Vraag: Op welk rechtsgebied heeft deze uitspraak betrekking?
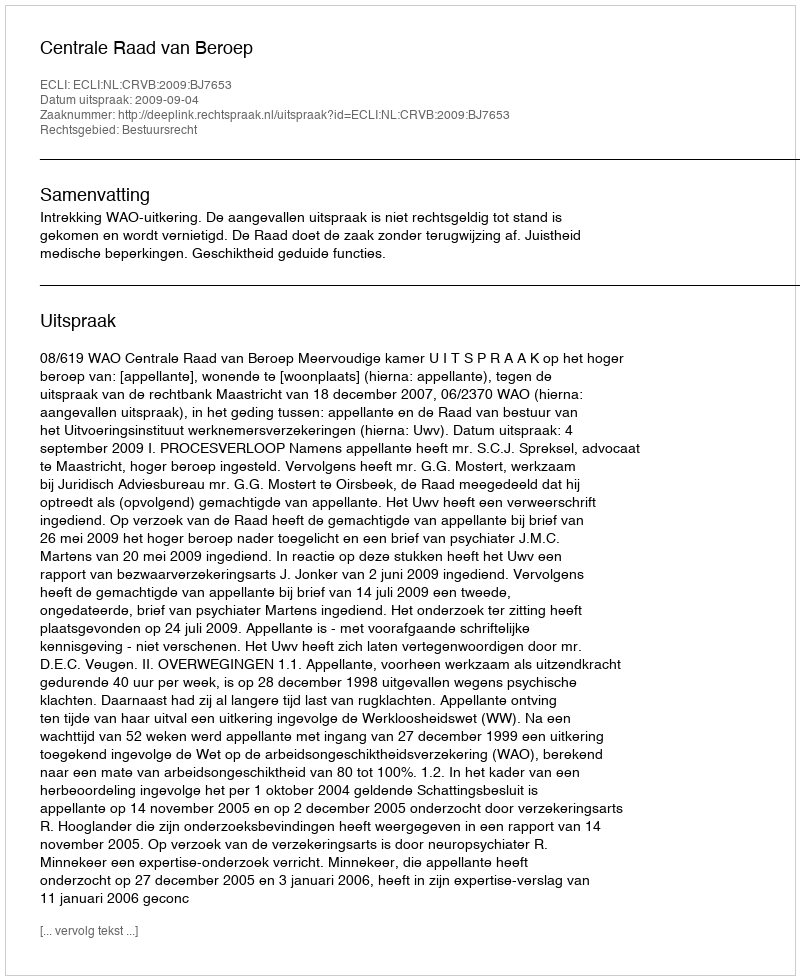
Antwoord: Bestuursrecht